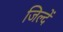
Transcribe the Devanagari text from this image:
जिल्दें